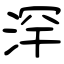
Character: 浫